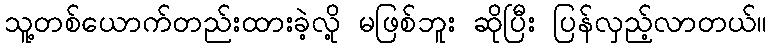
သူ့တစ်ယောက်တည်းထားခဲ့လို့ မဖြစ်ဘူး ဆိုပြီး ပြန်လှည့်လာတယ်။